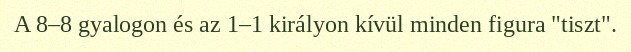
A 8–8 gyalogon és az 1–1 királyon kívül minden figura "tiszt".